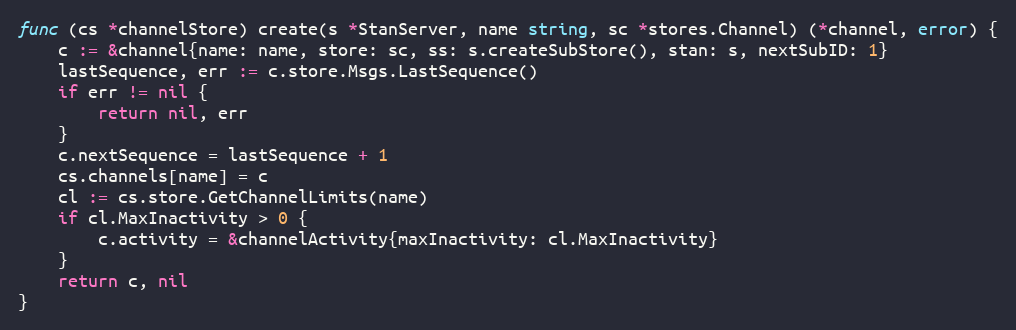
Language: Go
func (cs *channelStore) create(s *StanServer, name string, sc *stores.Channel) (*channel, error) {
	c := &channel{name: name, store: sc, ss: s.createSubStore(), stan: s, nextSubID: 1}
	lastSequence, err := c.store.Msgs.LastSequence()
	if err != nil {
		return nil, err
	}
	c.nextSequence = lastSequence + 1
	cs.channels[name] = c
	cl := cs.store.GetChannelLimits(name)
	if cl.MaxInactivity > 0 {
		c.activity = &channelActivity{maxInactivity: cl.MaxInactivity}
	}
	return c, nil
}